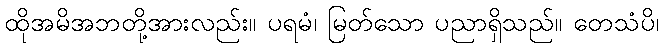
ထိုအမိအဘတို့အားလည်း။ ပရမံ၊ မြတ်သော ပညာရှိသည်။ တေသံပိ၊